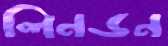
লিনডন